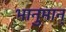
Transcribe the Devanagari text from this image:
भानुमान्